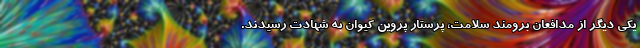
یکی دیگر از مدافعان برومند سلامت، پرستار پروین کیوان به شهادت رسیدند.